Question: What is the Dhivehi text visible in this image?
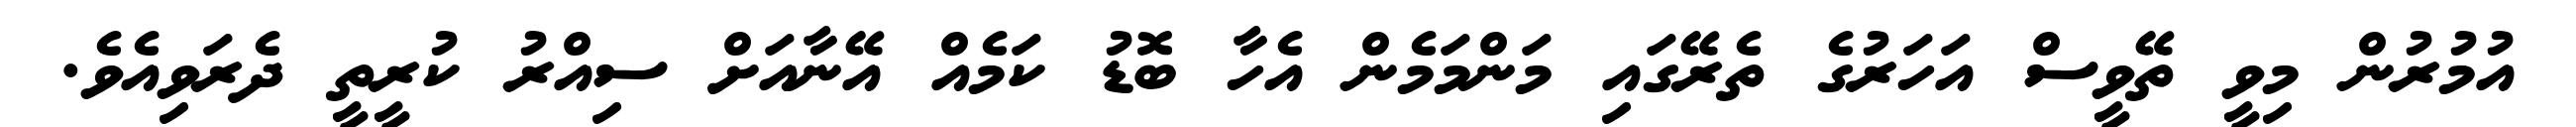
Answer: އުމުރުން މިވީ ތޭވީސް އަހަރުގެ ތެރޭގައި މަންމަމެން އެހާ ބޮޑު ކަމެއް އޭނާއަށް ސިއްރު ކުރީތީ ދެރަވިއެވެ.